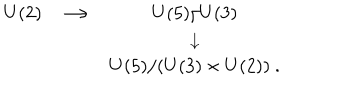
LaTeX: \begin{matrix} { { U ( 2 ) } } & { { \longrightarrow } } & { { U ( 5 ) / U ( 3 ) } } \\ { { } } & { { } } & { { \downarrow } } \\ { { } } & { { } } & { { U ( 5 ) / ( U ( 3 ) \times U ( 2 ) ) \ . } } \\ \end{matrix}